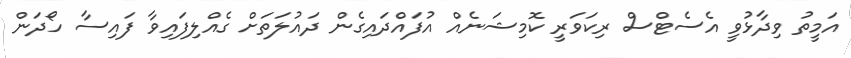
އަމީތު ވިދާޅުވީ އެސެޓްސް ރިކަވަރީ ކޮމިޝަނެއް އުފައްދައިގެން ދައުލަތަށް ގެއްލިފައިވާ ފައިސާ ހޯދަން